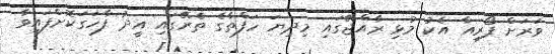
ވަރަށް ފޯރިއާ އެކު މުޅި ރާއްޖޭގައި މިދިޔަ ހަފްތާގެ ތެރޭގައި އީދު ފާހަގަކޮށްފައިވާ